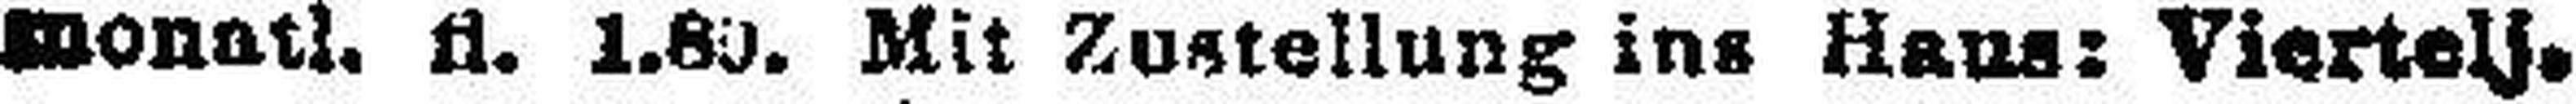
monatl. fl. 1.80. Mit Zustellung ins Haus: Viertelj.